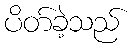
ပိတ်ခဲ့သည်